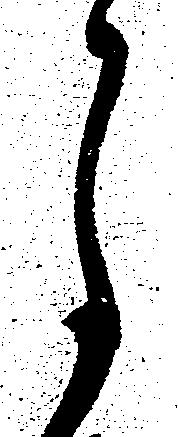
月